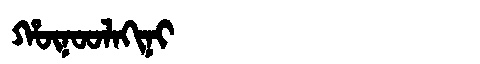
Manchu: ᡥᡡᠨᠣᠣᠯᠠᡴᡳᠨᡳ
Romanization: HŪNOOLAKINI